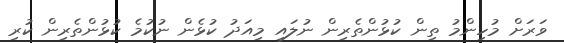
ވަރަށް މުހިންމު ތިން ކުޅުންތެރިން ނުލައި މިއަދު ކުޅެން ނުކުމެ ކުޅުންތެރިން ކުރި